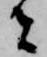
者